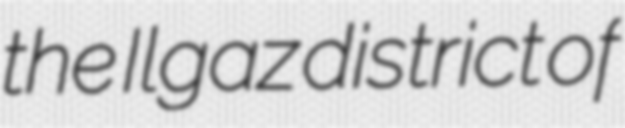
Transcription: the Ilgaz district of